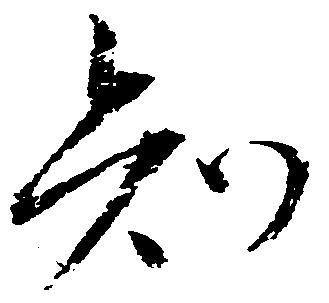
知